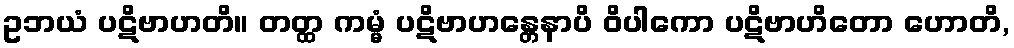
ဥဘယံ ပဋိဗာဟတိ။ တတ္ထ ကမ္မံ ပဋိဗာဟန္တေနာပိ ဝိပါကော ပဋိဗာဟိတော ဟောတိ,